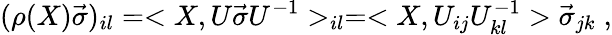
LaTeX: (\rho(X)\vec{\sigma})_{il}=<X,U\vec{\sigma}U^{-1}>_{il}=<X,U_{ij}U_{kl}^{-1}>\vec{\sigma}_{jk}\; ,